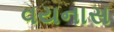
વયનાસ